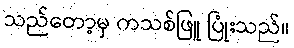
သည်တော့မှ ကသစ်ဖြူ ပြုံးသည်။